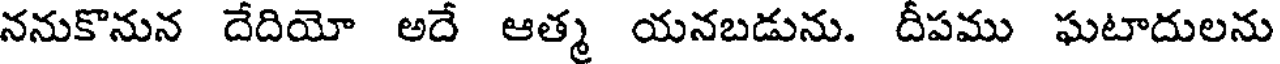
ననుకొనున దేదియో అదే ఆత్మ యనబడును. దీపము ఘటాదులను